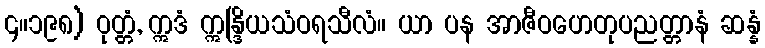
၄။၁၉၈) ဝုတ္တံ, ဣဒံ ဣန္ဒြိယသံဝရသီလံ။ ယာ ပန အာဇီဝဟေတုပညတ္တာနံ ဆန္နံ